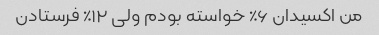
من اکسیدان ۶٪ خواسته بودم ولی ۱۲٪ فرستادن